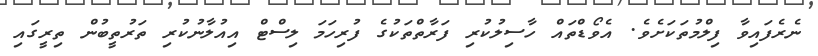
ނެރެފައިވާ ފިލްމުތަކަށެވެ. އެވޯޑްތައް ހާސިލުކުރި ފަރާތްތަކުގެ ފުރިހަމަ ލިސްޓް އިއުލާނުކުރި ތަރުތީބުން ތިރީގައި